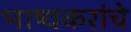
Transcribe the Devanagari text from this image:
भाष्यकरांचे